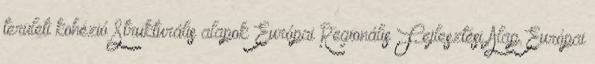
területi kohézió Strukturális alapok Európai Regionális Fejlesztési Alap Európai